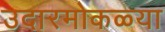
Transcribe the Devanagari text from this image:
उदारमोकळ्या